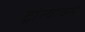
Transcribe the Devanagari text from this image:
ट्रांस्वोर्क्स